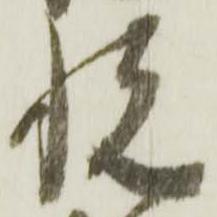
悦